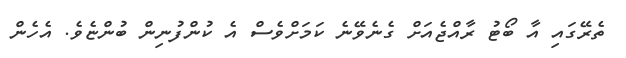
ތެރޭގައި އާ ބޯޓު ރާއްޖެއަށް ގެނެވޭނެ ކަމަށްވެސް އެ ކުންފުނިން ބުންޏެވެ. އެހެން